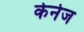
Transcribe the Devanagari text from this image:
केनेज